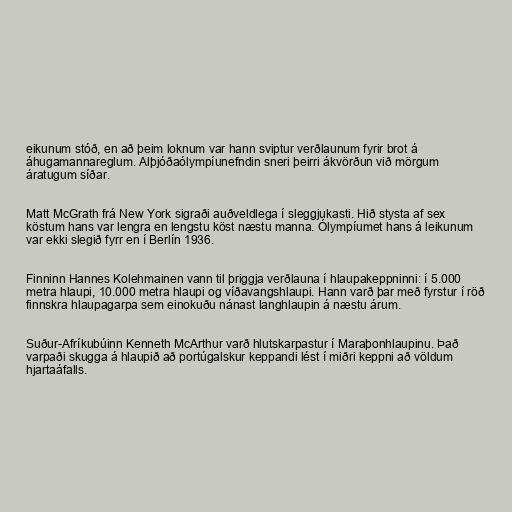
eikunum stóð, en að þeim loknum var hann sviptur verðlaunum fyrir brot á
áhugamannareglum. Alþjóðaólympíunefndin sneri þeirri ákvörðun við mörgum
áratugum síðar.

Matt McGrath frá New York sigraði auðveldlega í sleggjukasti. Hið stysta af sex
köstum hans var lengra en lengstu köst næstu manna. Ólympíumet hans á leikunum
var ekki slegið fyrr en í Berlín 1936.

Finninn Hannes Kolehmainen vann til þriggja verðlauna í hlaupakeppninni: í 5.000
metra hlaupi, 10.000 metra hlaupi og víðavangshlaupi. Hann varð þar með fyrstur í röð
finnskra hlaupagarpa sem einokuðu nánast langhlaupin á næstu árum.

Suður-Afríkubúinn Kenneth McArthur varð hlutskarpastur í Maraþonhlaupinu. Það
varpaði skugga á hlaupið að portúgalskur keppandi lést í miðri keppni að völdum
hjartaáfalls.